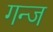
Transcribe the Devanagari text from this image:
गन्ज